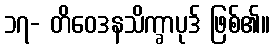
၁၇- တိဝေဒနသိက္ခာပုဒ် ဖြစ်၏။